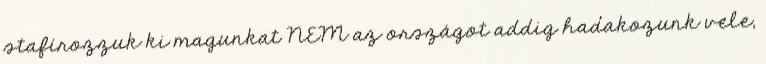
stafírozzuk ki magunkat NEM az országot addig hadakozunk vele,